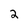
Character: 2